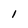
Character: 1